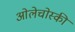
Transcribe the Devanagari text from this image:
ओलेचोस्की